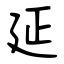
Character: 延